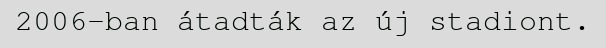
2006-ban átadták az új stadiont.